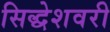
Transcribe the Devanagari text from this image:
सिद्धेशवरी